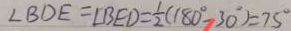
\angle B D E = \angle B E D = \frac { 1 } { 2 } ( 1 8 0 ^ { \circ } - 3 0 ^ { \circ } ) = 7 5 ^ { \circ }